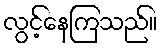
လွင့်နေကြသည်။